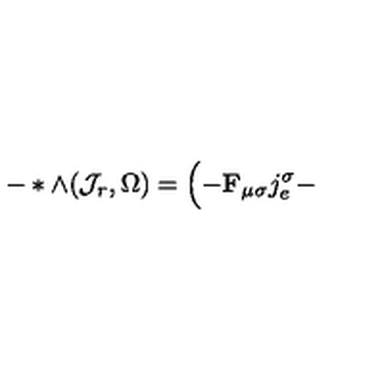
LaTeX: - * \wedge ( { \cal J } _ { r } , \Omega ) = \Bigl ( - { \bf F } _ { \mu \sigma } j _ { e } ^ { \sigma } -